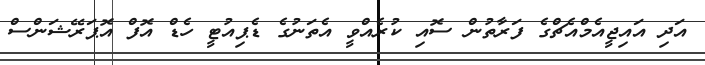
އަދި އައިޖީއެމްއެޗްގެ ފަރާތުން ސޮއި ކުރެއްވީ އެތަނުގެ ޑެޕިއުޓީ ހެޑް އޮފް އޮޕަރޭޝަންސް